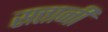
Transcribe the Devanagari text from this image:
सत्तानी